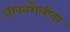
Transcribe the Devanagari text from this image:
जीवनशैलींवर